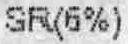
SR(6%)